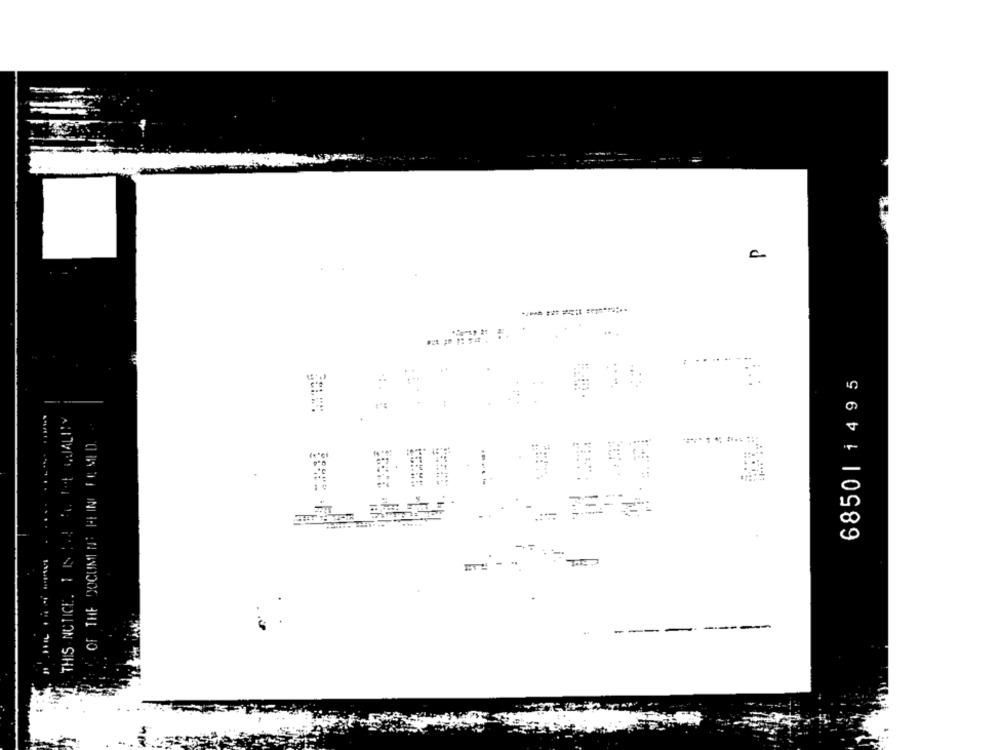
...
6850 | 1495
THIS NOTICE. 1 .4 . THE QUALITY
OF THE DOCUMENTS PEINE FE MED.
HADA 1 MMA I
..